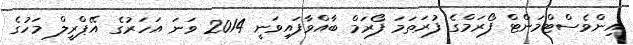
އިންވެސްޓްމަންޓް ފޯރަމްގެ ފުރަތަމަ ފޯރަމް ބާއްވާފައިވަނީ 2014 ވަނަ އަހަރުގެ އޭޕްރީލް މަހުގެ